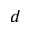
d